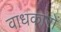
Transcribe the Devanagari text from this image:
वाधकारों